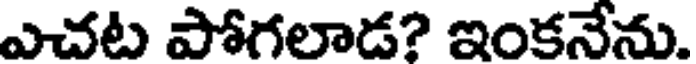
ఎచట పోగలాడ? ఇంకనేను.